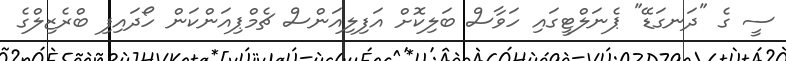
ސީ ގެ "ދަނގަޑޭ" ޕެނަލްޓީގައި ހަވާސް ބަލިކޮށް އަފިލިއަންސް ޗެމްޕިއަންކަން ހޯދައިފި ބްރެޒިލްގެ